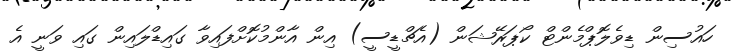
ހައުސިން ޑިވެލޮޕްމެންޓް ކޯޕަރޭޝަން (އެޗްޑީސީ) އިން އާންމުކޮށްފައިވާ ގައިޑްލައިން ގައި ވަނީ އެ